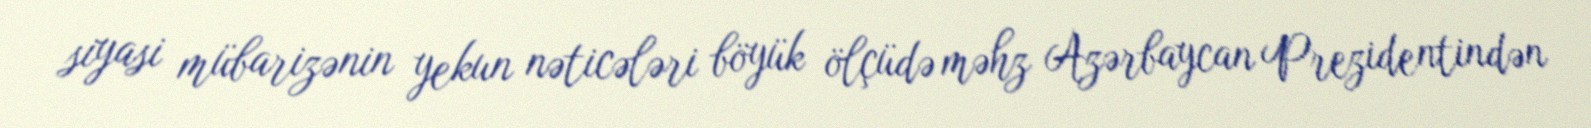
siyasi mübarizənin yekun nəticələri böyük ölçüdə məhz Azərbaycan Prezidentindən